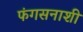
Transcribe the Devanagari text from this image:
फंगसनाशी